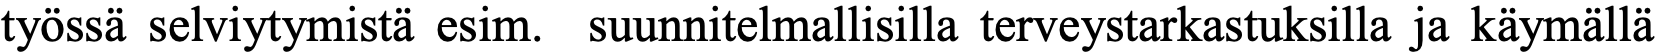
työssä selviytymistä esim. suunnitelmallisilla terveystarkastuksilla ja käymällä